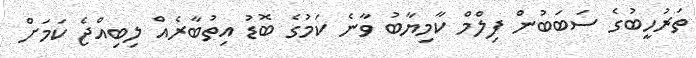
ތަރުހީބުގެ ސަބަބުން ފިލްމް ކާމިޔާބު ވާނެ ކަމުގެ ބޮޑު އިތުބާރެއް ލިބިއްޖެ ކަމަށް